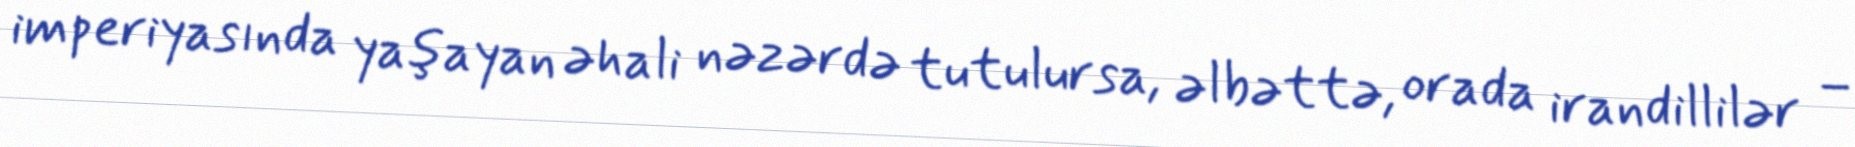
imperiyasında yaşayan əhali nəzərdə tutulursa, əlbəttə, orada irandillilər –